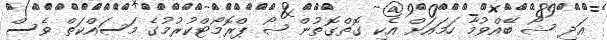
އަދި ޝޯ ބޭއްވުމާ ހަމައަށް އެކި ގޮތްގޮތުން ޝޯ ޕްރޮމޯޓްކުރުމުގެ މަސައްކަތް ވެސް